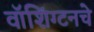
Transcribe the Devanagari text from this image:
वॉशिंग्टनचे